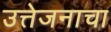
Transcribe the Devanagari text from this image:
उत्तेजनाचा